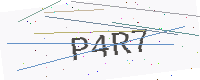
Text: P4R7